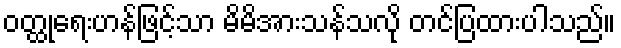
ဝတ္ထုရေးဟန်ဖြင့်သာ မိမိအားသန်သလို တင်ပြထားပါသည်။